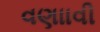
વણાાવી